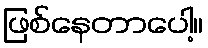
ဖြစ်နေတာပေါ့။